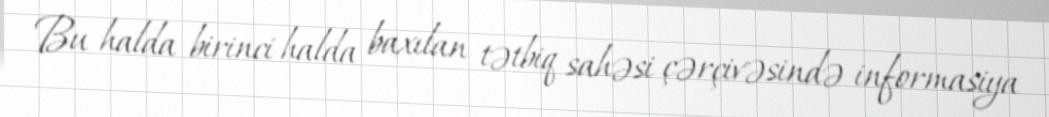
Bu halda birinci halda baxılan tətbiq sahəsi çərçivəsində informasiya